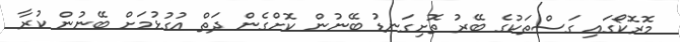
މޮރޮކޯގައި ގަސްތަކުގެ ބޭރު ތޮށިގަނޑު ބޭނުން ކޮށްގެން ދަތް އުގުޅުމަށް ބޭނުން ކުރާ